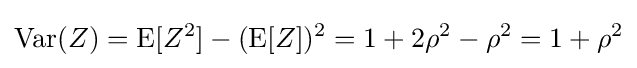
\operatorname {Var} (Z)=\operatorname {E} [Z^{2}]-(\operatorname {E} [Z])^{2}=1+2\rho ^{2}-\rho ^{2}=1+\rho ^{2}